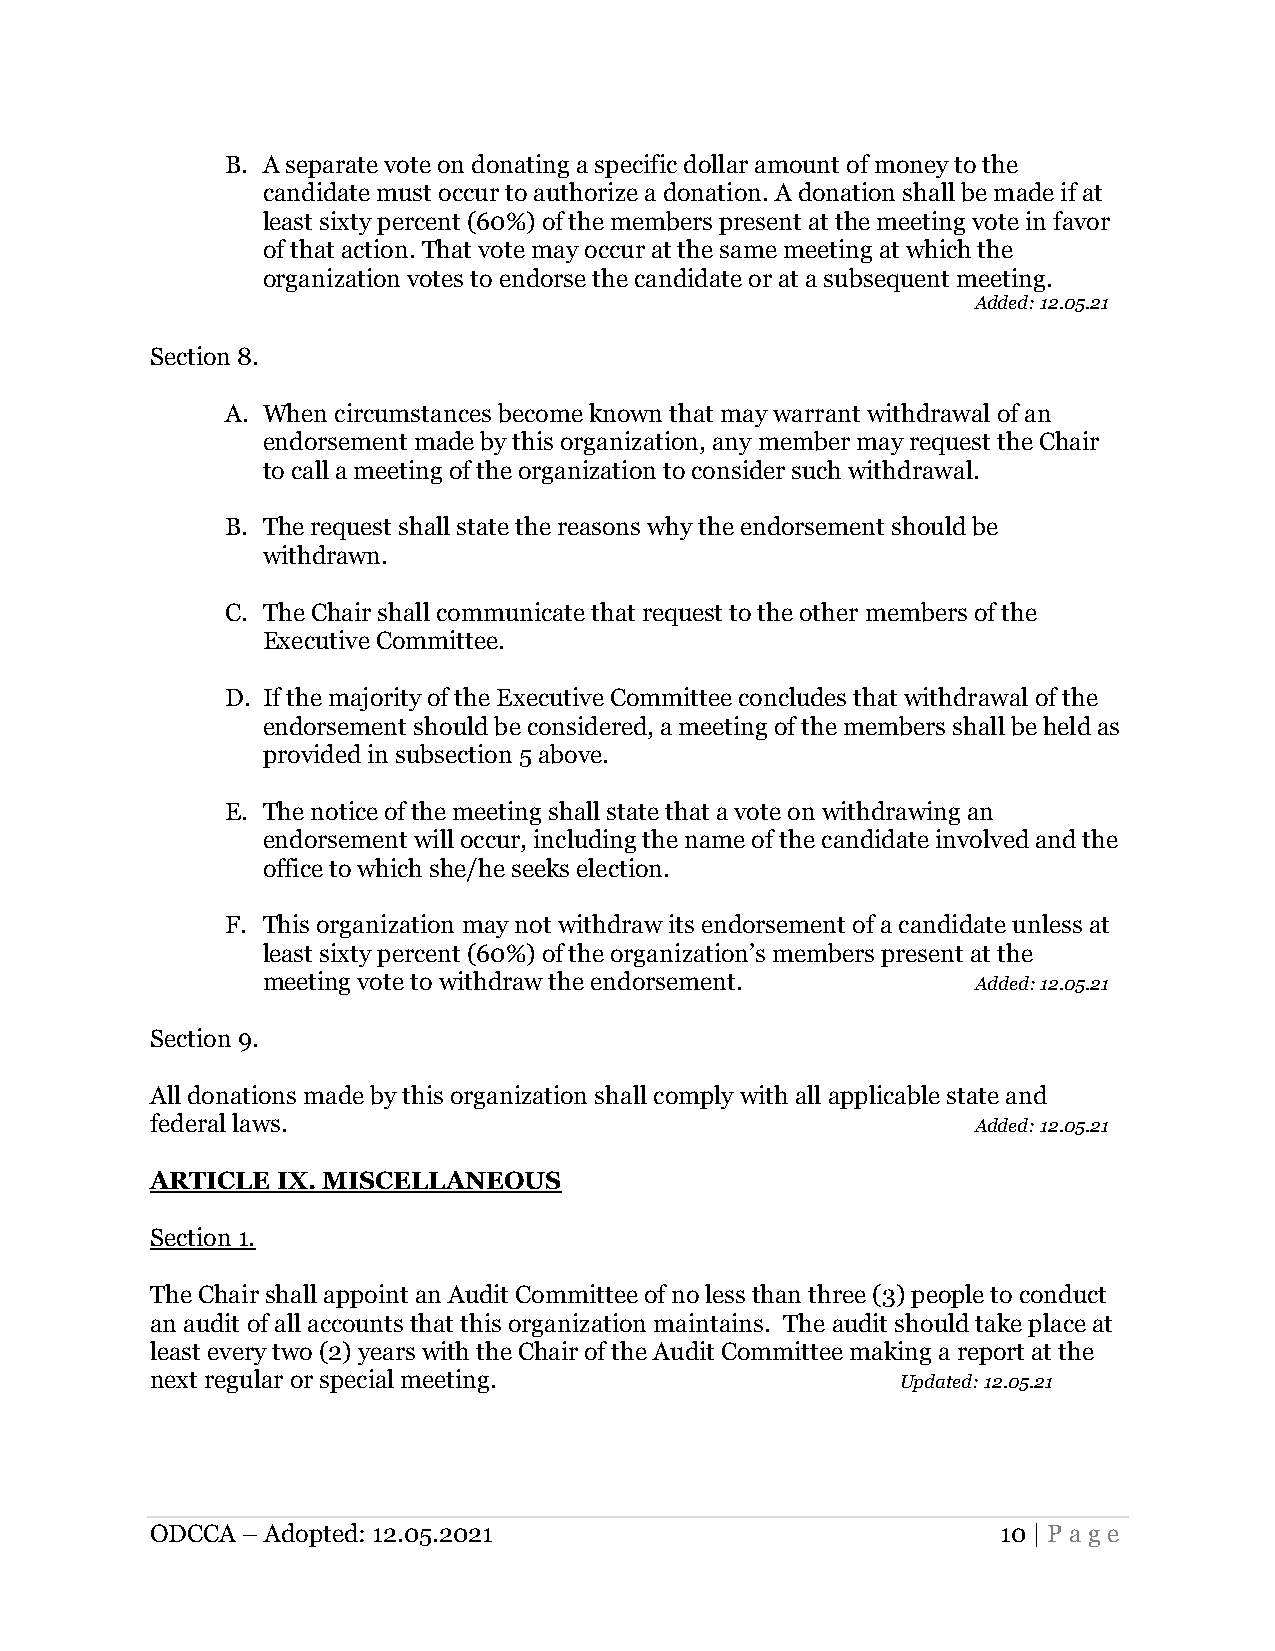
B. A separate vote on donating a specific dollar amount of money to the
 candidate must occur to authorize a donation. A donation shall be made if at
 least sixty percent (60%) of the members present at the meeting vote in favor
 of that action. That vote may occur at the same meeting at which the
 organization votes to endorse the candidate or at a subsequent meeting.
 Added: 12.05.21
 Section 8.
 A. When circumstances become known that may warrant withdrawal of an
 endorsement made by this organization, any member may request the Chair
 to call a meeting of the organization to consider such withdrawal.
 B. The request shall state the reasons why the endorsement should be
 withdrawn.
 C. The Chair shall communicate that request to the other members of the
 Executive Committee.
 D. If the majority of the Executive Committee concludes that withdrawal of the
 endorsement should be considered, a meeting of the members shall be held as
 provided in subsection 5 above.
 E. The notice of the meeting shall state that a vote on withdrawing an
 endorsement will occur, including the name of the candidate involved and the
 office to which she/he seeks election.
 F. This organization may not withdraw its endorsement of a candidate unless at
 least sixty percent (60%) of the organization’s members present at the
 meeting vote to withdraw the endorsement.       Added: 12.05.21
 Section 9.
 All donations made by this organization shall comply with all applicable state and
 federal laws.                                          Added: 12.05.21
 ARTICLE IX. MISCELLANEOUS
 Section 1.
 The Chair shall appoint an Audit Committee of no less than three (3) people to conduct
 an audit of all accounts that this organization maintains. The audit should take place at
 least every two (2) years with the Chair of the Audit Committee making a report at the
 next regular or special meeting.                  Updated: 12.05.21
 ODCCA – Adopted: 12.05.2021                             10 | Page